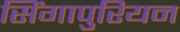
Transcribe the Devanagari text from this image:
सिंगापुरियन